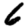
Digit: 6